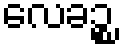
လေခဉ္စ